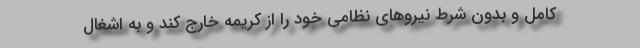
کامل و بدون شرط نیروهای نظامی خود را از کریمه خارج کند و به اشغال